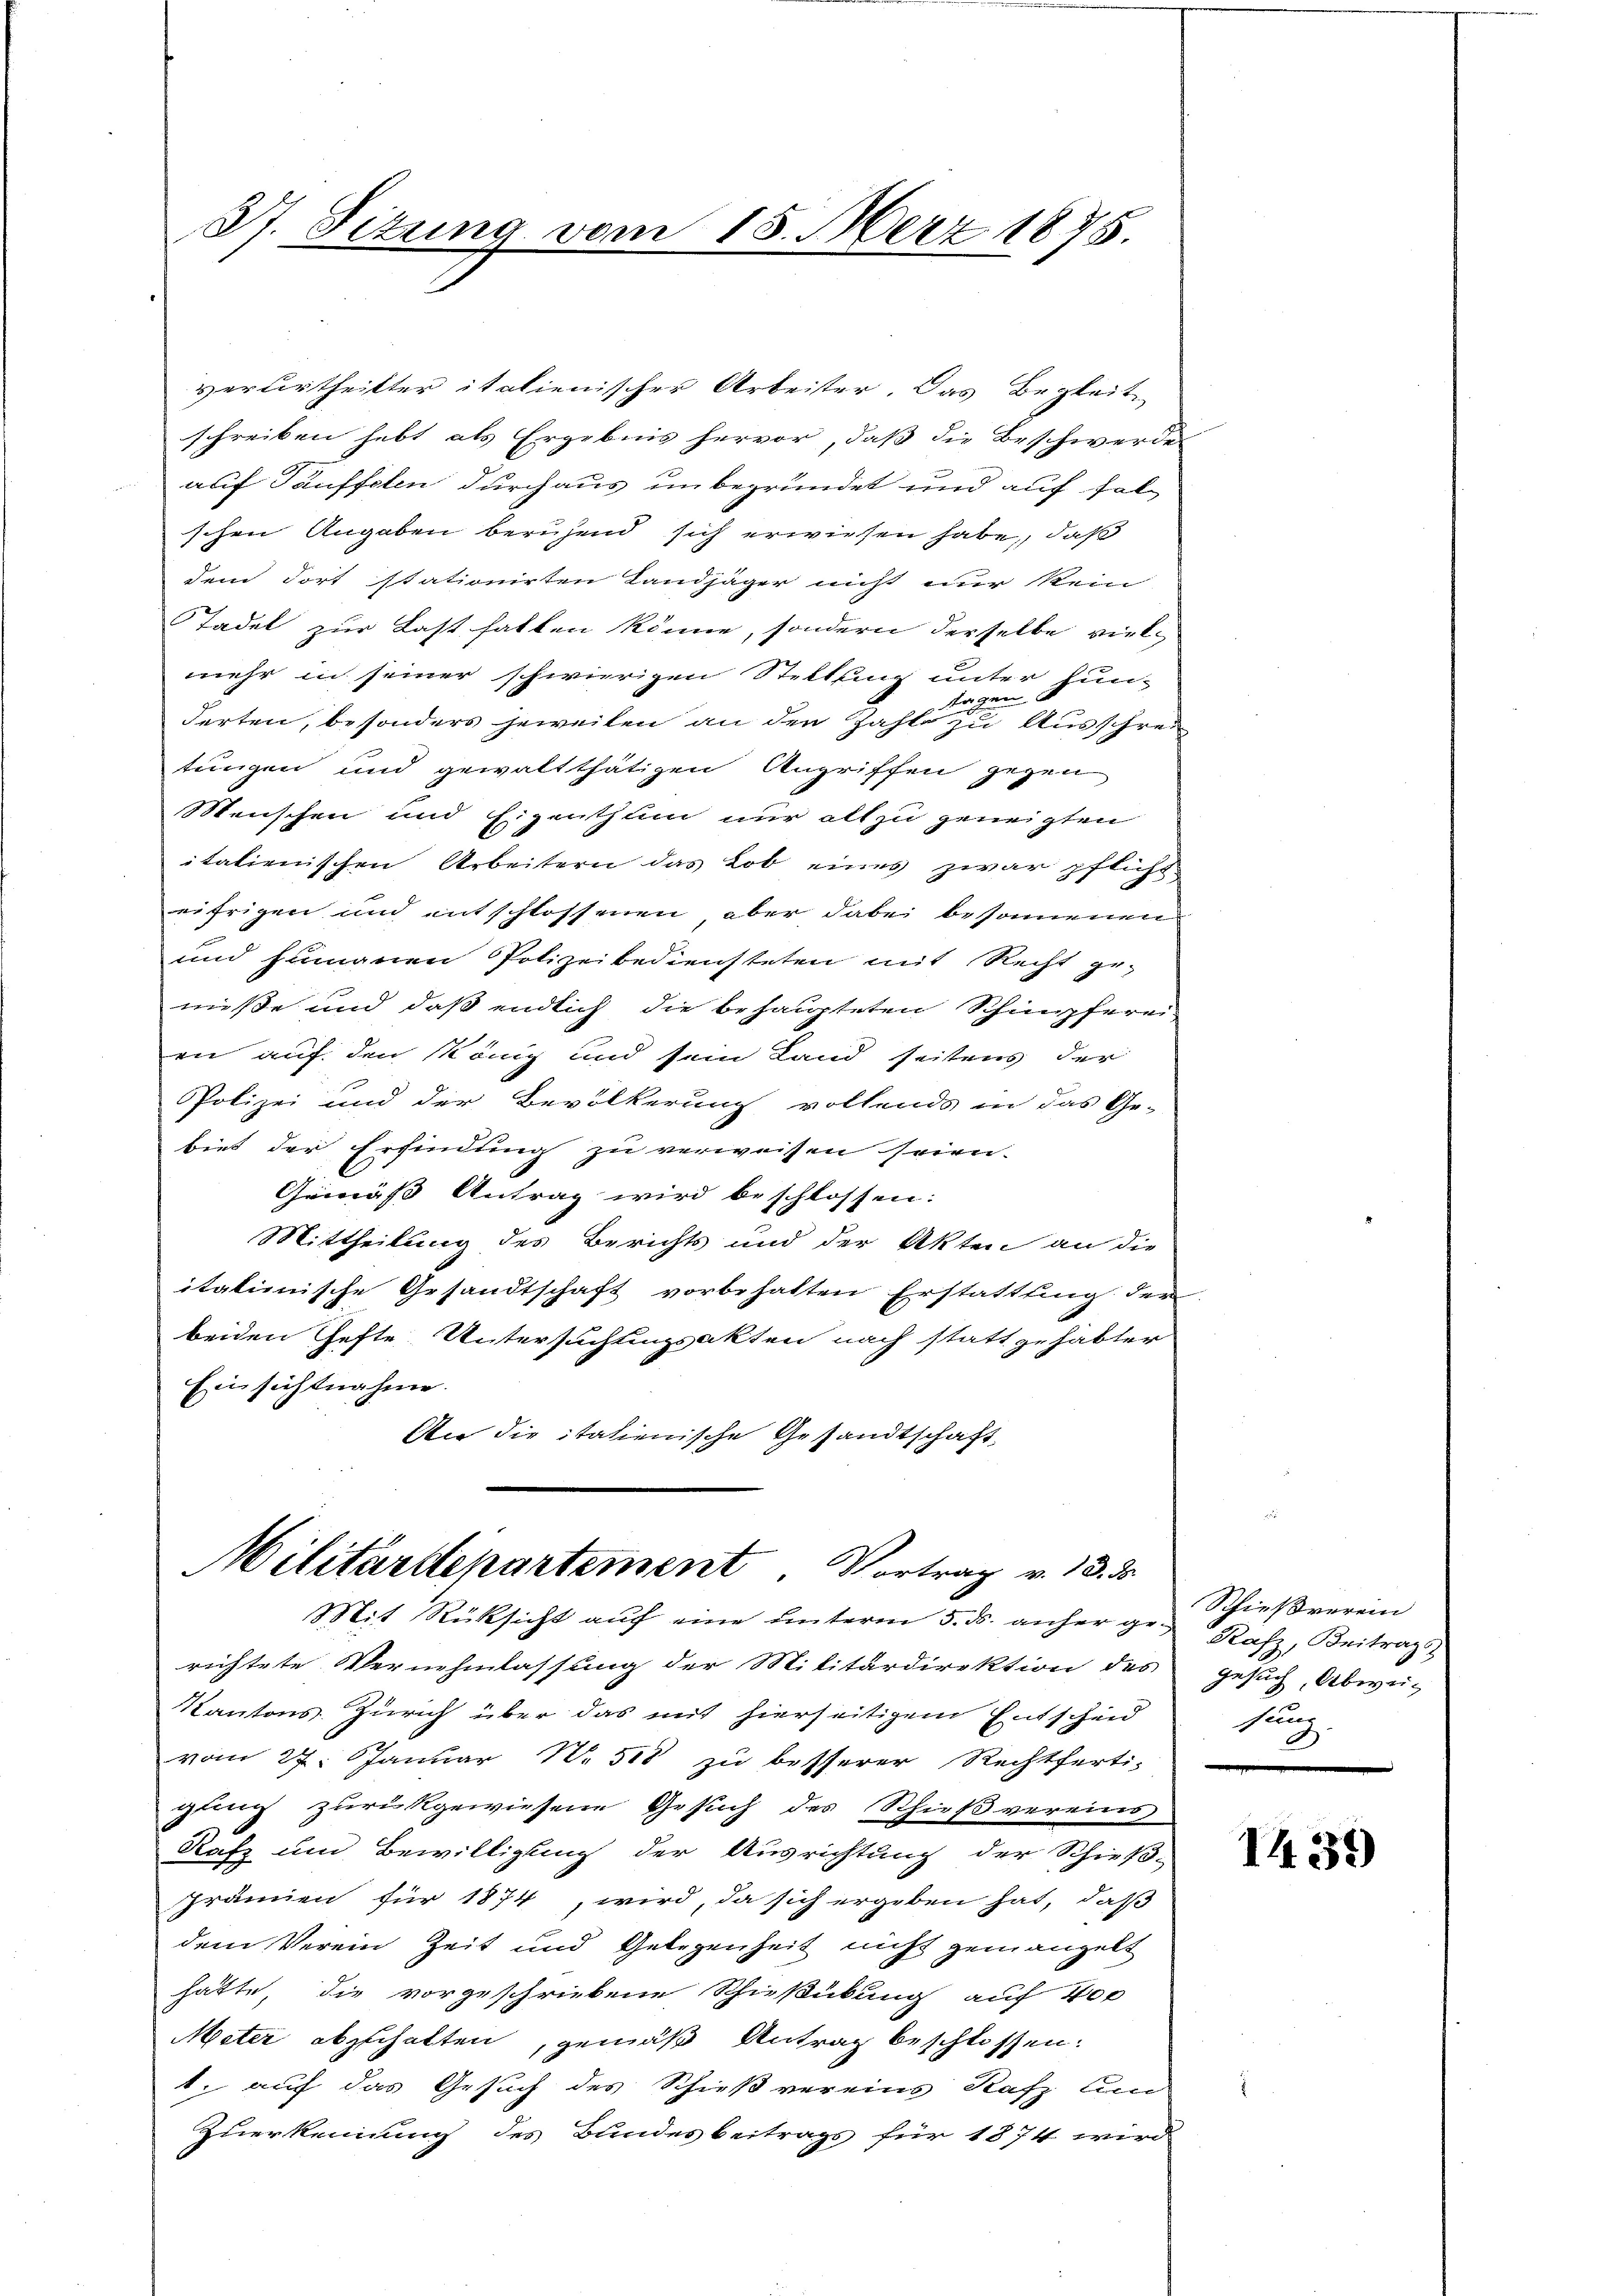
Pf. Fizung vom 15. März 1875.

Militärdepartement. Vortrag v. 13. ds.
Mit Rüksicht auf eine unterm 5. ds. anher ge¬

verurtheilter italienischer Arbeiter. Das Begleitschreiben hebt als Ergebnis hervor, daß die Beschwerde
auf Täuffelen durchaus unbegründet und auf folschen Angaben beruhend sich erwiesen habe, daß
dem Fort stationirten Landjäger nicht nur kein
Tadel zur Last hatten könne, sondern derselbe vielmehr in seiner schwierigen Stellung unter Jun-
Tagen
derten, besonders jeweilen an den Zahle zu Ausschreitungen und gewaltthätigen Angriffen gegen
Menschen und Eigenthum nur als zu geneigten
italienischen Arbeitern das Lob eines zwar pflicht
eifrigen und entschlossenen, aber dabei besonnenen
und humanen Polizeibediensteten mit Recht ge-
müsse und daß endlich die behaupteten Schimpfereien auf den König und sein Land seitens der
Polizei und der Bevölkerung vollends in das Ge-
biet der Erfindung zu verweisen seien.
Gemäß Antrag wird beschlossen:
Mittheilung des Berichts und der Akten an die
italienische Gesandtschaft vorbehalten Erstattung der
beiden Hefte Untersuchtungsakten nach statt gehabter
Einsichtnahme.
An die italienische Gesandtschaft

richtete Vernehmlassung der Militärdirektion des Gesuch, Abwu-
Kantons Zürich über das mit hierseitigem Entscheid
vom 27. Januar N. 518 zu besserer Rechtferti-
gling zurückgewiesene Gesuch des Schießvereins
Rafz um Bewilligung der Ausrichtung der Schieß-
Prämien für 1874, wird, da sich ergeben hat, daß
dem Verein Zeit und Gelegenheit nicht gemangelt
hätte, die vorgeschriebene Schießübung auf 400
Meter abzuhalten, gemäß Antrag beschlossen.
t, auf das Gesuch des Schießvereins Rafz um
Zuerkennung des Bundesbeitrags für 1874 wird

Schießverein
Rafz, Beitrags
sung

1432)